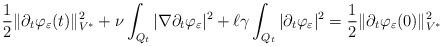
LaTeX: \begin{align*} \frac{1}{2} \| \partial_t \varphi_{\varepsilon} (t) \|^2_{V^*}+ \nu \int_{Q_t} |\nabla \partial_t \varphi_{\varepsilon}|^2 + \ell \gamma \int_{Q_t} |\partial_t \varphi_{\varepsilon}|^2 = \frac{1}{2} \| \partial_t \varphi_{\varepsilon}(0) \|^2_{V^*} \end{align*}